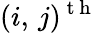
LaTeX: (i,\, j)^{\mathrm{~t~h~}}